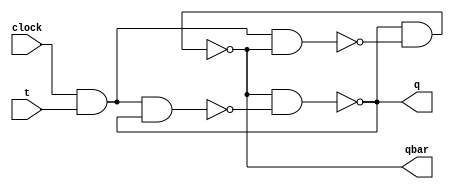
///////////////////////////////////////////
/// Design  : T Flipflop - Structural
/// College	: Anna University, MIT campus
///////////////////////////////////////////

module Tflipflop(clock,t,q,qbar);
input clock,t;
output q,qbar;
wire t1,t2;
nand n1 (t1,clock,t,q);
nand n2 (t2,clock,t,qbar);
nand n3 (q,qbar,t1);
nand n4 (qbar,q,t2);
endmodule